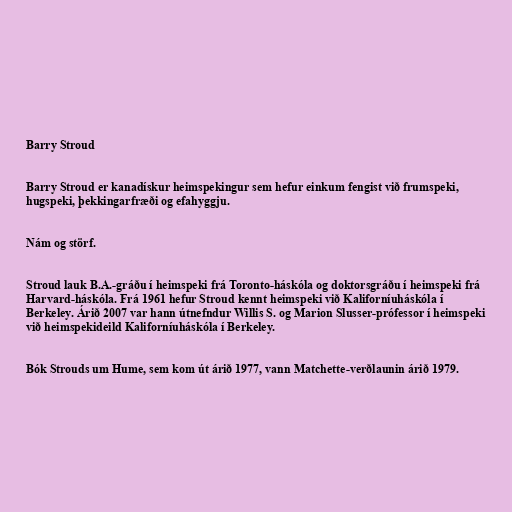
Barry Stroud

Barry Stroud er kanadískur heimspekingur sem hefur einkum fengist við frumspeki,
hugspeki, þekkingarfræði og efahyggju.

Nám og störf.

Stroud lauk B.A.-gráðu í heimspeki frá Toronto-háskóla og doktorsgráðu í heimspeki frá
Harvard-háskóla. Frá 1961 hefur Stroud kennt heimspeki við Kaliforníuháskóla í
Berkeley. Árið 2007 var hann útnefndur Willis S. og Marion Slusser-prófessor í heimspeki
við heimspekideild Kaliforníuháskóla í Berkeley.

Bók Strouds um Hume, sem kom út árið 1977, vann Matchette-verðlaunin árið 1979.